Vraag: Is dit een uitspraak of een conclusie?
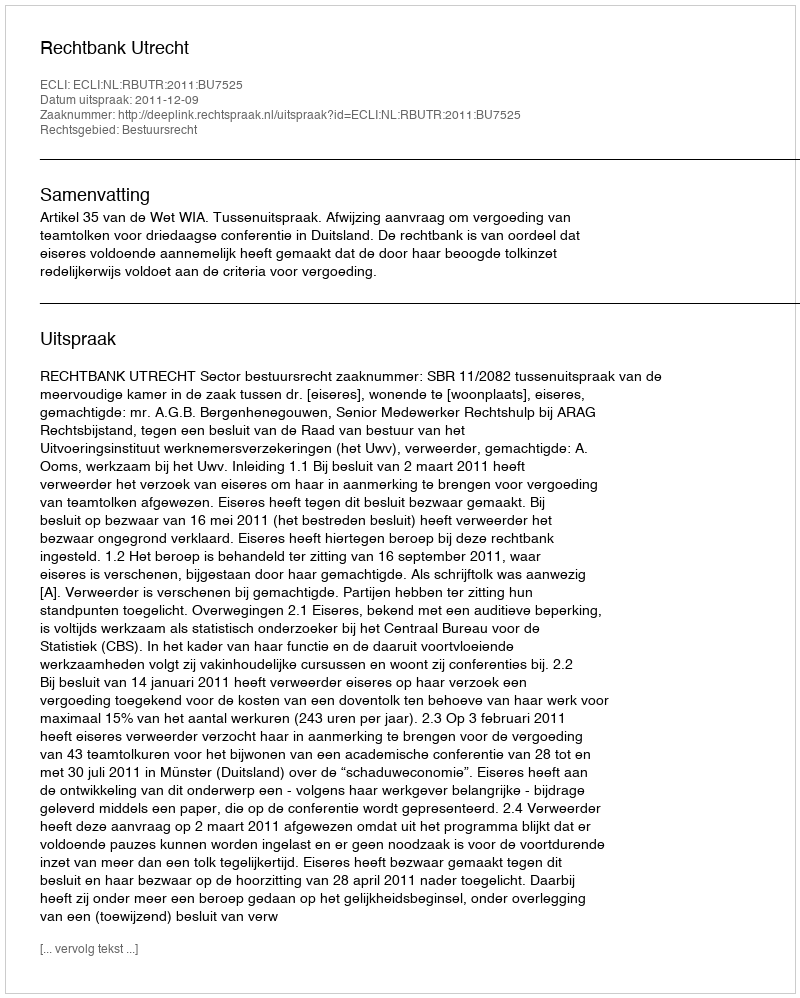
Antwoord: Uitspraak